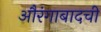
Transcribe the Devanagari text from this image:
औरंगाबादची